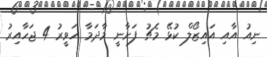
ނިއު އާއި އައިޒޯލް ކުޅޭ މެޗު ފަށާނީ މާދަމާ ހަވީރު 4 ޖަހާއިރު